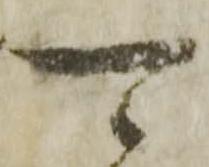
可